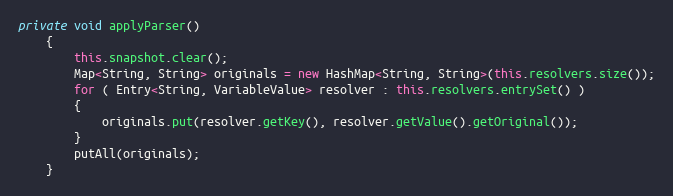
Language: Java
private void applyParser()
	{
		this.snapshot.clear();
		Map<String, String> originals = new HashMap<String, String>(this.resolvers.size());
		for ( Entry<String, VariableValue> resolver : this.resolvers.entrySet() )
		{
			originals.put(resolver.getKey(), resolver.getValue().getOriginal());
		}
		putAll(originals);
	}